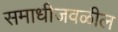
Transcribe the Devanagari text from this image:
समाधीजवळील